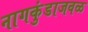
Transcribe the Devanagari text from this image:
नागकुंडाजवळ